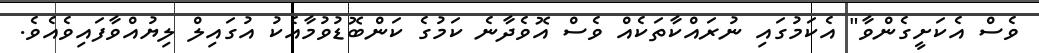
ވެސް އެކަށީގެންވާ" އެކަމުގައި ނުރައްކާތަކެއް ވެސް އޮވެދާނެ ކަމުގެ ކަންބޮޑުވުމާއެކު އުގައިލް ލިޔުއްވާފައިވެއެވެ.